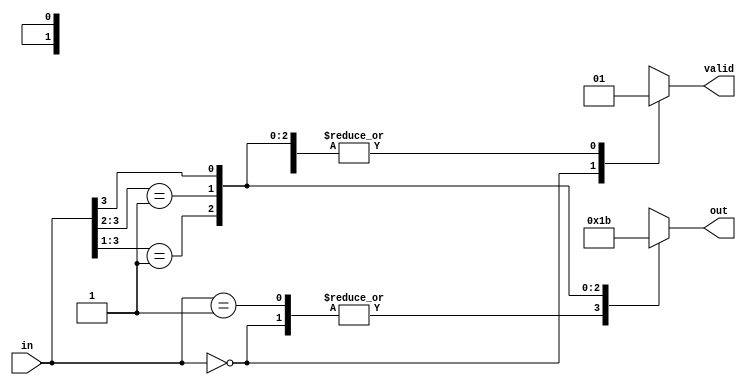
module priority_encoder (
    input [3:0] in,
    output reg [1:0] out,
    output reg valid
);
    always @(*) begin
        casez (in)
            4'b0000: begin out = 2'b00; valid = 0; end
            4'b0001: begin out = 2'b00; valid = 1; end
            4'b001?: begin out = 2'b01; valid = 1; end
            4'b01??: begin out = 2'b10; valid = 1; end
            4'b1???: begin out = 2'b11; valid = 1; end
            default: begin out = 2'b00; valid = 0; end
        endcase
    end
endmodule